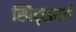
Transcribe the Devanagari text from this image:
स्पिट्सवर्ग